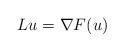
LaTeX: \begin{align*}Lu=\nabla F(u)\end{align*}